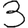
Digit: 3